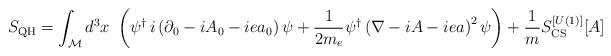
LaTeX: \begin{align*}S_{\rm{QH}}=\int_{\cal M}d^3x~\left(\psi^\dagger\,i\left(\partial_0-iA_0-iea_0\right)\psi+\frac{1}{2m_e}\psi^\dagger\left(\nabla-iA-iea\right)^2\psi\right)+\frac{1}{m}S_{\rm{CS}}^{[U(1)]}[A]\end{align*}